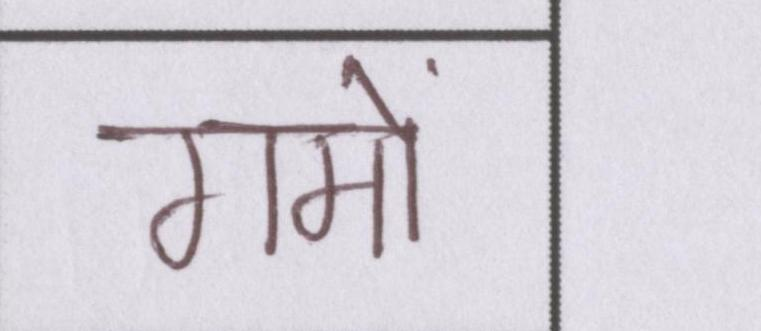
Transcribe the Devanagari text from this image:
गमों